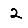
Digit: 2